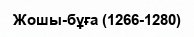
Жошы-бұға (1266-1280)